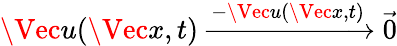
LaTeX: \Vec{u}(\Vec{x},t)\xrightarrow{-\Vec{u}(\Vec{x},t)}\vec{0}